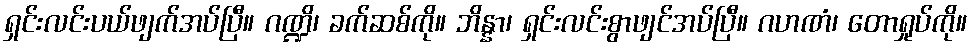
ရှင်းလင်းပယ်ဖျက်အပ်ပြီ။ ဂဏ္ဍိ၊ ခက်ဆစ်ကို။ ဘိန္နာ၊ ရှင်းလင်းစွာဖျင်အပ်ပြီ။ ဂဟဏံ၊ တောရှုပ်ကို။